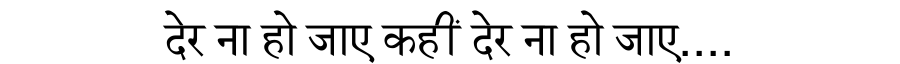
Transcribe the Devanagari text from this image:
देर ना हो जाए कहीं देर ना हो जाए....